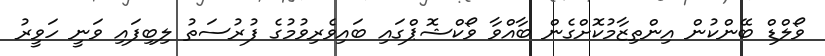
ވޯލްޑް ބޭންކުން އިންތިޒާމުކޮށްގެން ބާއްވާ ވޯކްޝޮޕްގައި ބައިވެރިވުމުގެ ފުރުސަތު ލިބިފައި ވަނީ ހަވީރު